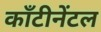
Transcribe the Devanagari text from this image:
काँटीनेंटल